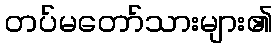
တပ်မတော်သားများ၏